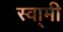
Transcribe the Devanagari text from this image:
स्वा्मी